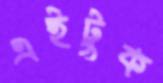
এইটুক